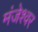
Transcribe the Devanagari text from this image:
मंजेश्वर